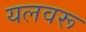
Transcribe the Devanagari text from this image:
यलवरू